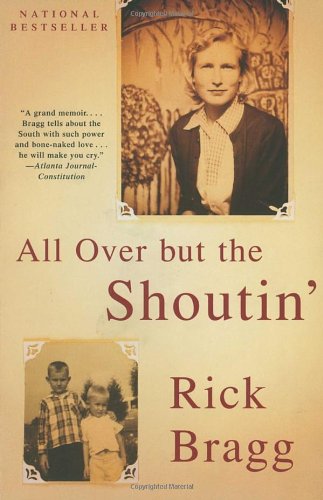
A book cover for All over but the Shoutin'; Rick Bragg; Biographies & Memoirs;